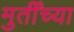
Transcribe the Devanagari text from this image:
मुर्तींच्या